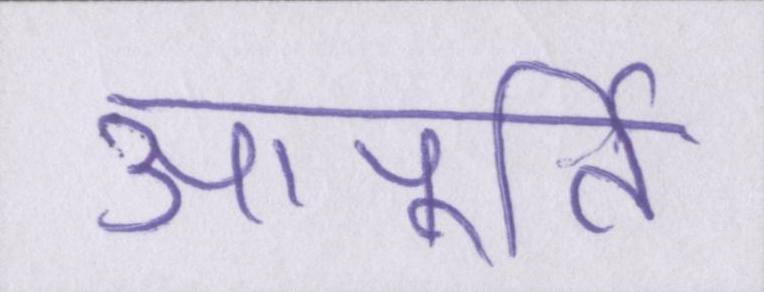
आपूर्ति